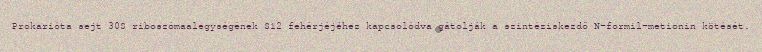
Prokarióta sejt 30S riboszómaalegységének S12 fehérjéjéhez kapcsolódva gátolják a szintéziskezdő N-formil-metionin kötését.